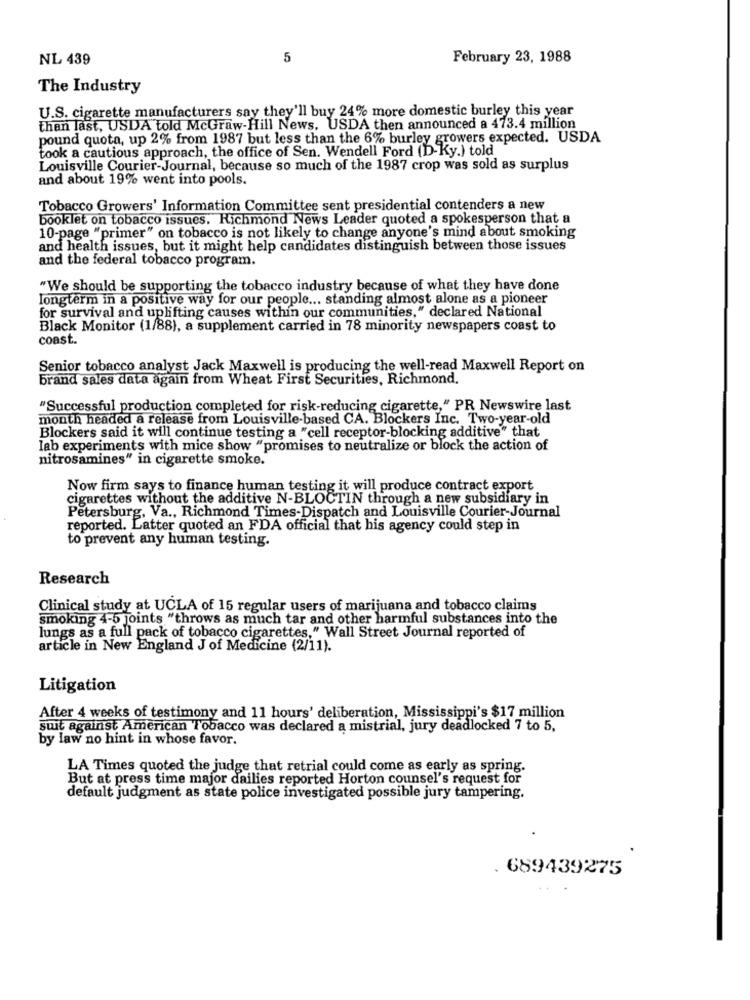
NL 439
5
February 23, 1988
The Industry
U.S. cigarette manufacturers say they'll buy 24% more domestic burley this year
than last, USDA told McGraw-Hill News. USDA then announced a 473.4 million
pound quota, up 2% from 1987 but less than the 6% burley growers expected. USDA
took a cautious approach, the office of Sen. Wendell Ford (D-Ky.) told
Louisville Courier-Journal, because so much of the 1987 crop was sold as surplus
and about 19% went into pools.
Tobacco Growers' Information Committee sent presidential contenders a new
booklet on tobacco issues. Richmond News Leader quoted a spokesperson that a
10-page "primer" on tobacco is not likely to change anyone's mind about smoking
and health issues, but it might help candidates distinguish between those issues
and the federal tobacco program.
"We should be supporting the tobacco industry because of what they have done
longterm in a positive way for our people ... standing almost alone as a pioneer
for survival and uplifting causes within our communities," declared National
Black Monitor (1/88), a supplement carried in 78 minority newspapers coast to
coast.
Senior tobacco analyst Jack Maxwell is producing the well-read Maxwell Report on
brand sales data again from Wheat First Securities, Richmond.
"Successful production completed for risk-reducing cigarette," PR Newswire last
month headed a release from Louisville-based CA. Blockers Inc. Two-year-old
Blockers said it will continue testing a "cell receptor-blocking additive" that
Iab experiments with mice show "promises to neutralize or block the action of
nitrosamines" in cigarette smoke.
Now firm says to finance human testing it will produce contract export
cigarettes without the additive N-BLOCTIN through a new subsidiary in
Petersburg, Va ., Richmond Times-Dispatch and Louisville Courier-Journal
reported. Latter quoted an FDA official that his agency could step in
to prevent any human testing.
Research
Clinical study at UCLA of 15 regular users of marijuana and tobacco claims
smoking 4-5 joints "throws as much tar and other harmful substances into the
lungs as a full pack of tobacco cigarettes," Wall Street Journal reported of
article in New England J of Medicine (2/11).
Litigation
After 4 weeks of testimony and 11 hours' deliberation, Mississippi's $17 million
suit against American Tobacco was declared a mistrial, jury deadlocked 7 to 5,
by law no hint in whose favor.
LA Times quoted the judge that retrial could come as early as spring.
But at press time major dailies reported Horton counsel's request for
default judgment as state police investigated possible jury tampering.
. 689439275